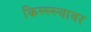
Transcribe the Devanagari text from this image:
किल्ल्ल्यावर